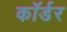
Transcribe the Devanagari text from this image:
कॉर्डर